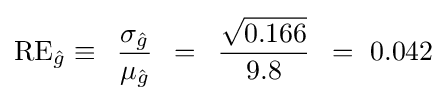
{\rm {RE}}_{\hat {g}}\equiv \,\,\,{{\sigma _{\hat {g}}} \over {\mu _{\hat {g}}}}\,\,\,=\,\,\,{{\sqrt {0.166}} \over {9.8}}\,\,\,=\,\,0.042